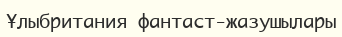
Ұлыбритания фантаст-жазушылары